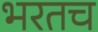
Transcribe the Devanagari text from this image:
भरतच